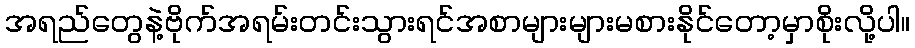
အရည်တွေနဲ့ဗိုက်အရမ်းတင်းသွားရင်အစာများများမစားနိုင်တော့မှာစိုးလို့ပါ။